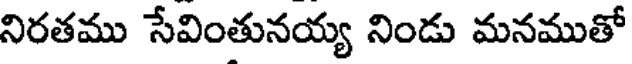
నిరతము సేవింతునయ్య నిండు మనముతో